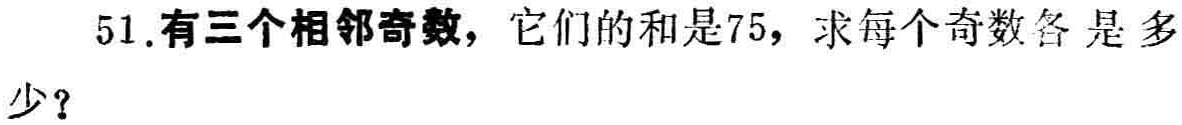
51.有三个相邻奇数，它们的和是75，求每个奇数各是多少？